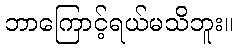
ဘာကြောင့်ရယ်မသိဘူး။